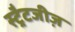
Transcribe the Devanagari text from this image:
स्ट्रैटजीज़